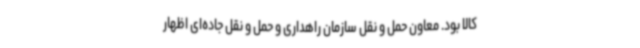
کالا بود. معاون حمل و نقل سازمان راهداری و حمل و نقل جاده‌ای اظهار